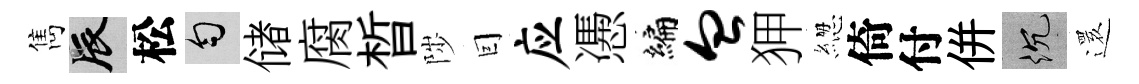
雋辰松匀储腐晳陟囙应慿编血狎緫倚付併沉𮟃